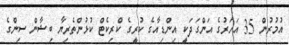
އުމުރުން 35 އަހަރުގެ އަންގަދަކީ އިންޑިއާގެ ކުރީގެ ކްރިކެޓް ކުޅުންތެރިޔާ ބިޝާން ސިންގެ